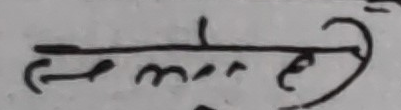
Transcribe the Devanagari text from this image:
रुमेलाङ